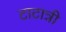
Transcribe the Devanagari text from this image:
टाटान्नी